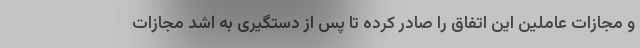
و مجازات عاملین این اتفاق را صادر کرده تا پس از دستگیری به اشد مجازات